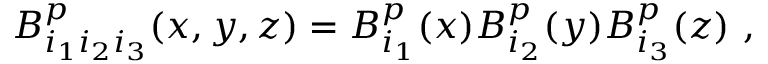
B _ { i _ { 1 } i _ { 2 } i _ { 3 } } ^ { p } ( x , y , z ) = B _ { i _ { 1 } } ^ { p } ( x ) B _ { i _ { 2 } } ^ { p } ( y ) B _ { i _ { 3 } } ^ { p } ( z ) \mathrm { ~ , ~ }